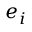
\boldsymbol { e } _ { i }